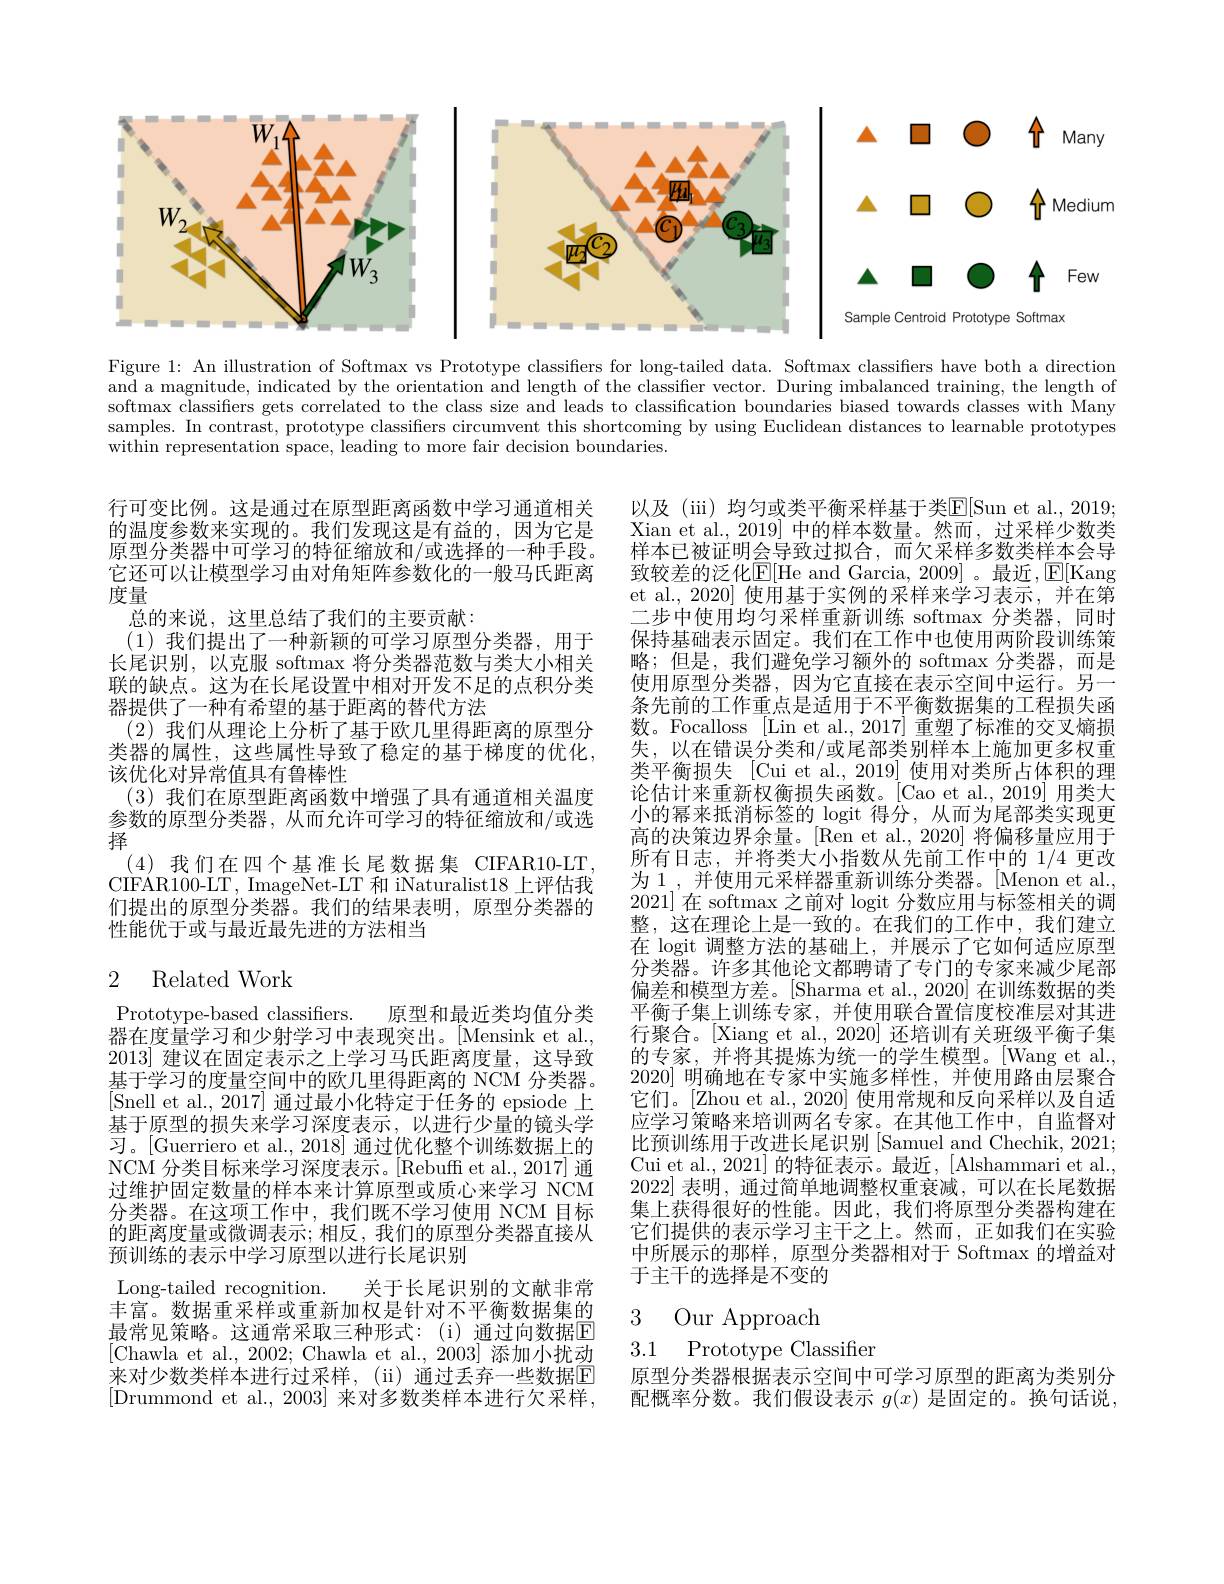
<FigureHere>

Figure 1: An illustration of Softmax vs Prototype classifiers for long-tailed data. Softmax classifiers have both a direction $\bar{\text{and a magnitude, indicated by the orientation and length of the classifier vector. During imbalanced training, the length of}}$ softmax classifiers gets correlated to the class size and leads to classification boundaries biased towards classes with Many samples. In contrast, prototype classifiers circumvent this shortcoming by using Euclidean distances to learnable prototypes $\bar{\text{within representation space, leading to more fair decision boundaries.}}$

行可变比例。这是通过在原型距离函数中学习通道相关的温度参数来实现的。我们发现这是有益的，因为它是原型分类器中可学习的特征缩放和/或选择的一种手段。它还可以让模型学习由对角矩阵参数化的一般马氏距离度量
总的来说，这里总结了我们的主要贡献：
(1)我们提出了一种新颖的可学习原型分类器，用于长尾识别，以克服 softmax 将分类器范数与类大小相关联的缺点。这为在长尾设置中相对开发不足的点积分类器提供了一种有希望的基于距离的替代方法
(2)我们从理论上分析了基于欧几里得距离的原型分类器的属性，这些属性导致了稳定的基于梯度的优化， 该优化对异常值具有鲁棒性
(3)我们在原型距离函数中增强了具有通道相关温度参数的原型分类器，从而允许可学习的特征缩放和/或选择
(4)我们在四个基准长尾数据集 CIFAR10-LT, CIFAR100-LT, ImageNet-LT 和 iNaturalist18 上评估我们提出的原型分类器。我们的结果表明，原型分类器的性能优于或与最近最先进的方法相当

以及 (iii) 均匀或类平衡采样基于类$\mathbb{E}[$Sun et al., 2019; Xian et al.,2019] 中的样本数量。然而，过采样少数类样本已被证明会导致过拟合，而欠采样多数类样本会导致较差的泛化$\underline{\mathrm{E}}[$He and Garcia, 2009]。最近$,\underline{\mathrm{E}}[$Kang et al., 2020] 使用基于实例的采样来学习表示，并在第二步中使用均匀采样重新训练 softmax 分类器，同时保持基础表示固定。我们在工作中也使用两阶段训练策略；但是，我们避免学习额外的 softmax 分类器，而是使用原型分类器，因为它直接在表示空间中运行。另一条先前的工作重点是适用于不平衡数据集的工程损失函数。Focalloss [Lin et al., 2017] 重塑了标准的交叉熵损失，以在错误分类和/或尾部类别样本上施加更多权重类平衡损失[Cui et al., 2019] 使用对类所占体积的理论估计来重新权衡损失函数。[Cao et al.,2019] 用类大小的幂来抵消标签的 logit 得分，从而为尾部类实现更高的决策边界余量。[Ren et al., 2020] 将偏移量应用于所有日志，并将类大小指数从先前工作中的 1/4 更改为 1 , 并使用元采样器重新训练分类器。[Menon et al., 2021]在 softmax 之前对 logit 分数应用与标签相关的调整，这在理论上是一致的。在我们的工作中，我们建立在 logit 调整方法的基础上，并展示了它如何适应原型分类器。许多其他论文都聘请了专门的专家来减少尾部偏差和模型方差。[Sharma et al., 2020] 在训练数据的类平衡子集上训练专家，并使用联合置信度校准层对其进行聚合。[Xiang et al., 2020] 还培训有关班级平衡子集的专家，并将其提炼为统一的学生模型。[Wang et al. 2020]明确地在专家中实施多样性，并使用路由层聚合它们。[Zhou et al., 2020] 使用常规和反向采样以及自适应学习策略来培训两名专家。在其他工作中，自监督对比预训练用于改进长尾识别 [Samuel and Chechik, 2021; Cui et al., 2021] 的特征表示。最近，[Alshammari et al. 2022]表明，通过简单地调整权重衰减，可以在长尾数据集上获得很好的性能。因此，我们将原型分类器构建在它们提供的表示学习主干之上。然而，正如我们在实验中所展示的那样，原型分类器相对于 Softmax 的增益对于主干的选择是不变的

# 2 Related Work

Prototype-based classifiers.
原型和最近类均值分类
器在度量学习和少射学习中表现突出。[Mensink et al., 2013]建议在固定表示之上学习马氏距离度量，这导致基于学习的度量空间中的欧几里得距离的 NCM 分类器。[Snell et al., 2017] 通过最小化特定于任务的 epsiode 上基于原型的损失来学习深度表示，以进行少量的镜头学习。[Guerriero et al., 2018] 通过优化整个训练数据上的NCM 分类目标来学习深度表示。[Rebuff et al.,2017] 通过维护固定数量的样本来计算原型或质心来学习 NCM 分类器。在这项工作中，我们既不学习使用 NCM 目标的距离度量或微调表示；相反，我们的原型分类器直接从预训练的表示中学习原型以进行长尾识别
Long-tailed recognition. 关于长尾识别的文献非常丰富。数据重采样或重新加权是针对不平衡数据集的最常见策略。这通常采取三种形式：(i)通过向数据$\overline{\mathrm{E}}$ [Chawla et al., 2002; Chawla et al., 2003] 添加小扰动来对少数类样本进行过采样，(ii)通过丢弃一些数据E [Drummond et al., 2003] 来对多数类样本进行欠采样，

# 3 Our Approach
3.1 Prototype Classifier

原型分类器根据表示空间中可学习原型的距离为类别分配概率分数。我们假设表示$g(x)$是固定的。换句话说